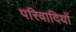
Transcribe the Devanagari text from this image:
परिवादियों